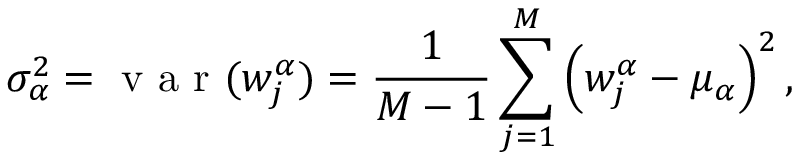
\sigma _ { \alpha } ^ { 2 } = \mathrm { ~ v ~ a ~ r ~ } ( w _ { j } ^ { \alpha } ) = \frac { 1 } { M - 1 } \sum _ { j = 1 } ^ { M } \left( w _ { j } ^ { \alpha } - \mu _ { \alpha } \right) ^ { 2 } ,